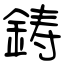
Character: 鋳